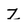
Character: z